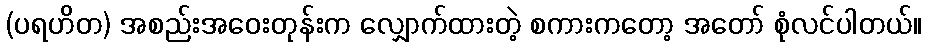
(ပရဟိတ) အစည်းအဝေးတုန်းက လျှောက်ထားတဲ့ စကားကတော့ အတော် စုံလင်ပါတယ်။